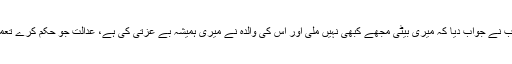
والد شاہد ایوب نے جواب دیا کہ میری بیٹی مجھے کبھی نہیں ملی اور اس کی والدہ نے میری ہمیشہ بے عزتی کی ہے، عدالت جو حکم کرے تعمیل کروں گا۔